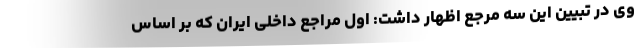
وی در تبیین این سه مرجع اظهار داشت: اول مراجع داخلی ایران که بر اساس